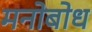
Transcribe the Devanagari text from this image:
मनोबोध